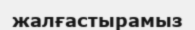
жалғастырамыз